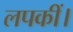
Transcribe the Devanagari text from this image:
लपकीं।